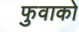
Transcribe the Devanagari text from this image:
फुवाको